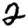
Digit: 2